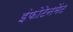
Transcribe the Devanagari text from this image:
इंफोटेनमेंट